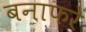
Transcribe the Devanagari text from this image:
बनाफरे